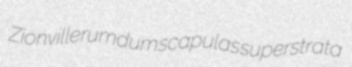
Zionville rumdum scapulas superstrata